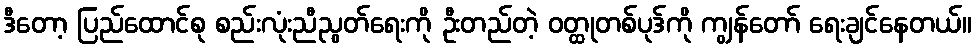
ဒီတော့ ပြည်ထောင်စု စည်းလုံးညီညွတ်ရေးကို ဦးတည်တဲ့ ဝတ္ထုတစ်ပုဒ်ကို ကျွန်တော် ရေးချင်နေတယ်။